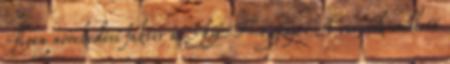
Ilyen növekedési faktor az IGF-1 génje. A vírusok mellett